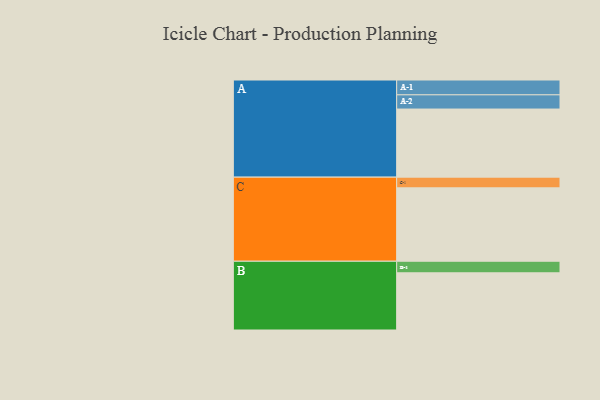
{"axis": {"x": "Segment", "y": "Value"}, "legend": ["", "A", "B", "C"], "data": [{"x": "A", "y": 542, "type": ""}, {"x": "B", "y": 455, "type": ""}, {"x": "C", "y": 584, "type": ""}, {"x": "A-1", "y": 118, "type": "A"}, {"x": "A-2", "y": 113, "type": "A"}, {"x": "B-1", "y": 92, "type": "B"}, {"x": "C-1", "y": 85, "type": "C"}]}